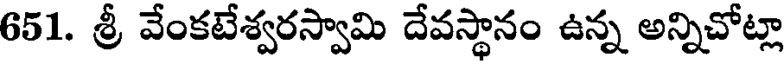
651. శ్రీ వేంకటేశ్వరస్వామి దేవస్థానం ఉన్న అన్నిచోట్లా